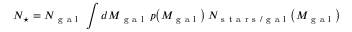
N _ { \star } = N _ { \mathrm { ~ g ~ a ~ l ~ } } \, \int d M _ { \mathrm { ~ g ~ a ~ l ~ } } \, p \big ( M _ { \mathrm { ~ g ~ a ~ l ~ } } \big ) \, N _ { \mathrm { ~ s ~ t ~ a ~ r ~ s ~ / ~ g ~ a ~ l ~ } } \big ( M _ { \mathrm { ~ g ~ a ~ l ~ } } \big )